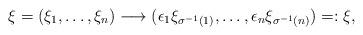
LaTeX: \begin{align*}\xi=(\xi_1,\ldots ,\xi_n)\stackrel{}{\longrightarrow} (\epsilon_1 \xi_{\sigma^{-1} (1)},\ldots ,\epsilon_n \xi_{\sigma^{-1} (n)})=:\xi ,\end{align*}